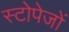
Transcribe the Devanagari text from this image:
स्टोपेजों